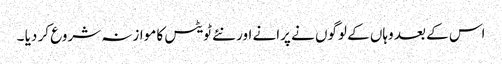
اس کے بعد وہاں کے لوگوں نے پرانے اور نئے ٹویٹس کا موازنہ شروع کر دیا ۔